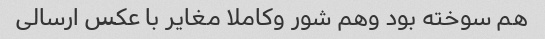
هم سوخته بود وهم شور وکاملا مغایر با عکس ارسالی